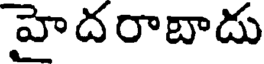
హైదరాబాదు